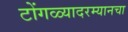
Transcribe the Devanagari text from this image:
टोंगळ्यादरम्यानचा